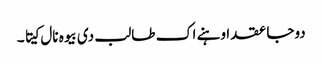
دوجا عقد اوہنے اک طالب دی بیوہ نال کیتا ۔